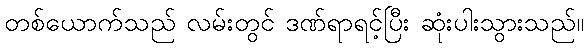
တစ်ယောက်သည် လမ်းတွင် ဒဏ်ရာရင့်ပြီး ဆုံးပါးသွားသည်။